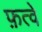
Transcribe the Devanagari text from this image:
फ़त्वे